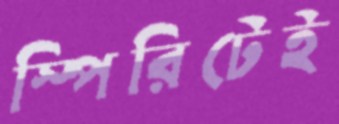
স্পিরিটেই